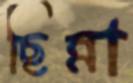
ছিন্না